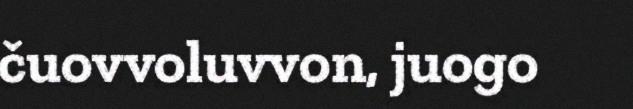
čuovvoluvvon, juogo